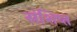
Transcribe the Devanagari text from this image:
संशिप्त